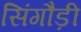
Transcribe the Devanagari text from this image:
सिंगौड़ी